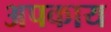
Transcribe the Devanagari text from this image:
अपकाय